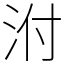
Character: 泭